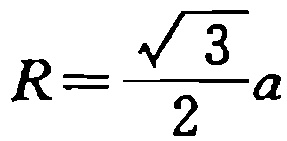
\(R=\frac{\sqrt{3}}{2}a\)